Scottish Leaving Certificate Examination, 1958
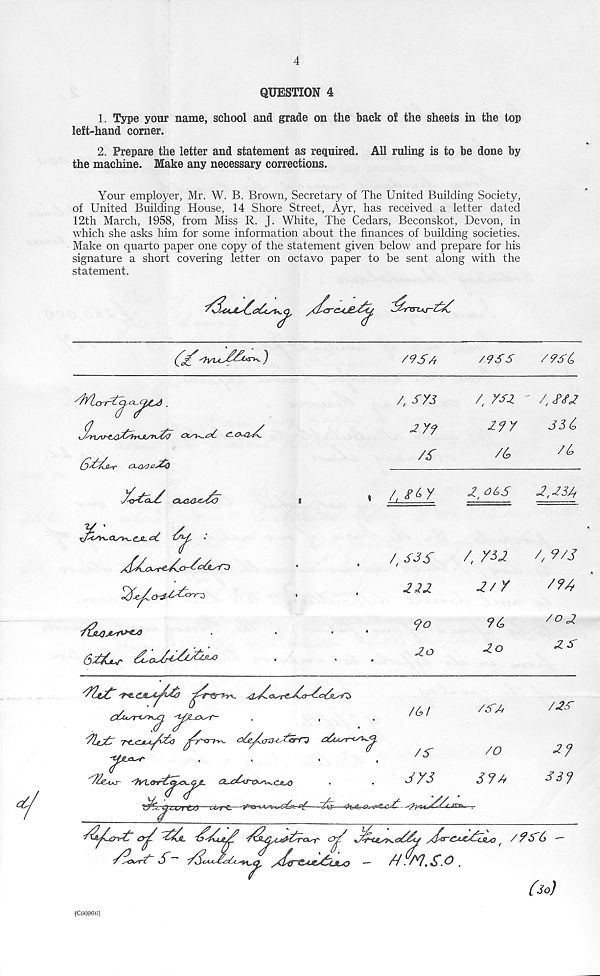
4
QUESTION 4
1. Type your name, school and grade on the back of the sheets in the top
left-hand corner.
2. Prepare the letter and statement as required. All ruling is to be done by
the machine. Make any necessary corrections.
Your employer, Mr. W. B. Brown, Secretary of The United Building Society,
of United Building House, 14 Shore Street, Ayr, has received a letter dated
12th March, 1958, from Miss R. J. White, The Cedars, Beconskot, Devon, in
which she asks him for some information about the finances of building societies.
Make on quarto paper one copy of the statement given below and prepare for his
signature a short covering letter on octavo paper to be sent along with the
statement.
(j/'
)
/95A
/9S6
/?5£>
' / Mxrr5^a_X^cd .
^i'y^.ccr^ejL.tzC
PTjUJjwX-O
6#(jur
/, SYS
/zy?
/&
/, ysz ■ ' /,
ijy
33&
/b
/ b
4 gL y
P, 9/5
2,33/j
4 S3 5
/, m
4 P 35
222
2/Y
PYPt
<20
2o
9S
2o
/o2
2S
yitjt/ Tt-CjP-LfPSo
y*
&^c5r?xsv^,. Cs^O
/ d> /
/ 5
373
/S'A
/2S
/O
2?
37A
337
3/3<j%s>^<233ij
r /7S&
/2r^S-
5<rc*iS
tjSr*
7
/rw.s.o.
(so)
(C6096(5)